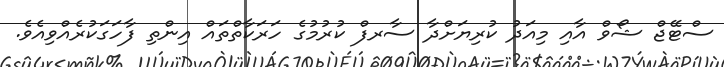
ސްޓޭޖް ޝޯވް އާއި މިއަދު ކުރިޔަށްދާ ސާރފް ކުރުމުގެ ހަރަކާތްތައް އިންތި ފާހަގަކުރެއްވިއެވެ.